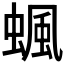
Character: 𧍯